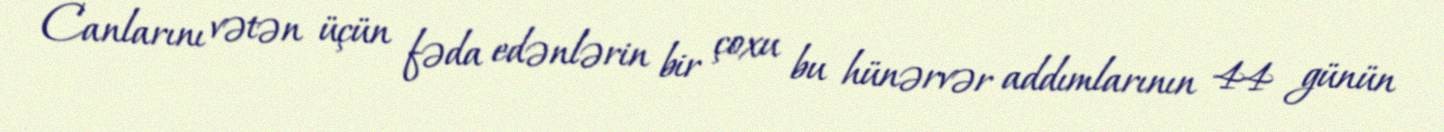
Canlarını vətən üçün fəda edənlərin bir çoxu bu hünərvər addımlarının 44 günün